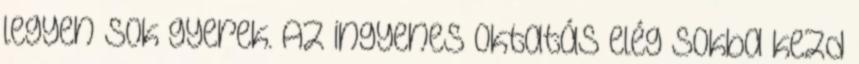
legyen sok gyerek. Az ingyenes oktatás elég sokba kezd